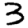
Digit: 3